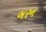
બરન